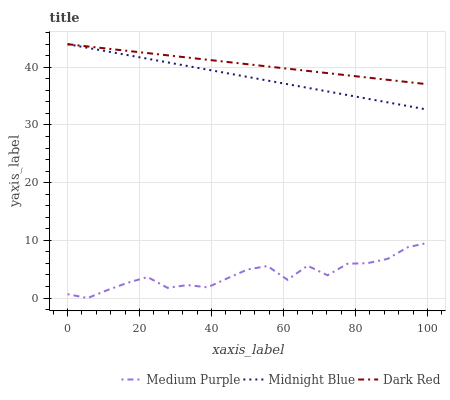
| xaxis_label | Medium Purple | Midnight Blue | Dark Red |
 | --- | --- | --- | --- |
 | 0 | 0.676 | 44 | 44 |
 | 5.56 | 0 | 43.4 | 43.6 |
 | 11.1 | 1.39 | 42.7 | 43.2 |
 | 16.7 | 2.65 | 42.1 | 42.8 |
 | 22.2 | 3.64 | 41.5 | 42.5 |
 | 27.8 | 1.77 | 40.8 | 42.1 |
 | 33.3 | 2.25 | 40.2 | 41.7 |
 | 38.9 | 1.85 | 39.6 | 41.3 |
 | 44.4 | 3.44 | 39 | 40.9 |
 | 50 | 4.95 | 38.3 | 40.5 |
 | 55.6 | 5.55 | 37.7 | 40.1 |
 | 61.1 | 3.16 | 37.1 | 39.8 |
 | 66.7 | 5.61 | 36.4 | 39.4 |
 | 72.2 | 3.95 | 35.8 | 39 |
 | 77.8 | 5.95 | 35.2 | 38.6 |
 | 83.3 | 6.05 | 34.5 | 38.2 |
 | 88.9 | 6.79 | 33.9 | 37.8 |
 | 94.4 | 8.79 | 33.3 | 37.4 |
 | 100 | 9.56 | 32.7 | 37.1 |